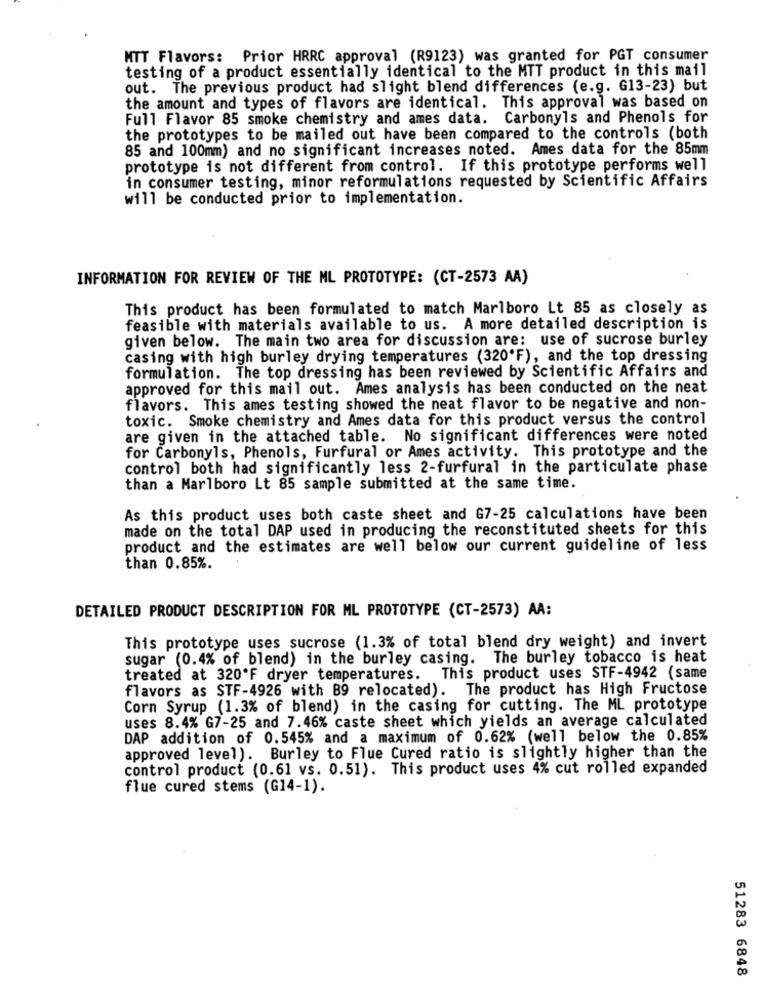
MTT Flavors: Prior HRRC approval (R9123) was granted for PGT consumer
testing of a product essentially identical to the MTT product in this mail
out. The previous product had slight blend differences (e.g. G13-23) but
the amount and types of flavors are identical. This approval was based on
Full Flavor 85 smoke chemistry and ames data. Carbonyls and Phenols for
the prototypes to be mailed out have been compared to the controls (both
85 and 100mm) and no significant increases noted. Ames data for the 85mm
prototype is not different from control. If this prototype performs well
in consumer testing, minor reformulations requested by Scientific Affairs
will be conducted prior to implementation.
INFORMATION FOR REVIEW OF THE ML PROTOTYPE: (CT-2573 AA)
This product has been formulated to match Marlboro Lt 85 as closely as
feasible with materials available to us. A more detailed description is
given below. The main two area for discussion are: use of sucrose burley
casing with high burley drying temperatures (320'F), and the top dressing
formulation. The top dressing has been reviewed by Scientific Affairs and
approved for this mail out. Ames analysis has been conducted on the neat
flavors. This ames testing showed the neat flavor to be negative and non-
toxic. Smoke chemistry and Ames data for this product versus the control
are given in the attached table. No significant differences were noted
for Carbonyls, Phenols, Furfural or Ames activity. This prototype and the
control both had significantly less 2-furfural in the particulate phase
than a Marlboro Lt 85 sample submitted at the same time.
As this product uses both caste sheet and 67-25 calculations have been
made on the total DAP used in producing the reconstituted sheets for this
product and the estimates are well below our current guideline of less
than 0.85%.
DETAILED PRODUCT DESCRIPTION FOR ML PROTOTYPE (CT-2573) AA:
This prototype uses sucrose (1.3% of total blend dry weight) and invert
sugar (0.4% of blend) in the burley casing. The burley tobacco is heat
treated at 320'F dryer temperatures. This product uses STF-4942 (same
flavors as STF-4926 with B9 relocated). The product has High Fructose
Corn Syrup (1.3% of blend) in the casing for cutting. The ML prototype
uses 8.4% G7-25 and 7.46% caste sheet which yields an average calculated
DAP addition of 0.545% and a maximum of 0.62% (well below the 0.85%
approved level). Burley to Flue Cured ratio is slightly higher than the
control product (0.61 vs. 0.51). This product uses 4% cut rolled expanded
flue cured stems (G14-1).
51283 6848